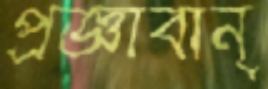
প্রজ্ঞাবান্‌